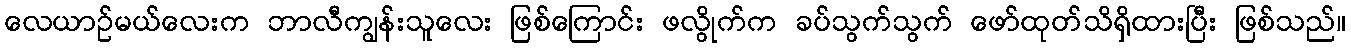
လေယာဉ်မယ်လေးက ဘာလီကျွန်းသူလေး ဖြစ်ကြောင်း ဖလွိုက်က ခပ်သွက်သွက် ဖော်ထုတ်သိရှိထားပြီး ဖြစ်သည်။